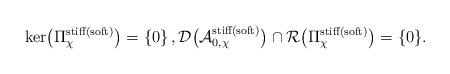
LaTeX: \begin{align*} \ker\bigl(\Pi_\chi^{\rm stiff(soft)}\bigr) = \left\{ 0\right\}, \mathcal{D}\bigl(\mathcal{A}_{0,\chi}^{\rm stiff(soft)}\bigr)\cap \mathcal{R}\bigl(\Pi_\chi^{\rm stiff(soft)}\bigr) = \{0\}. \end{align*}